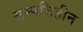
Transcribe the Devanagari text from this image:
सम्पत्तिहीन